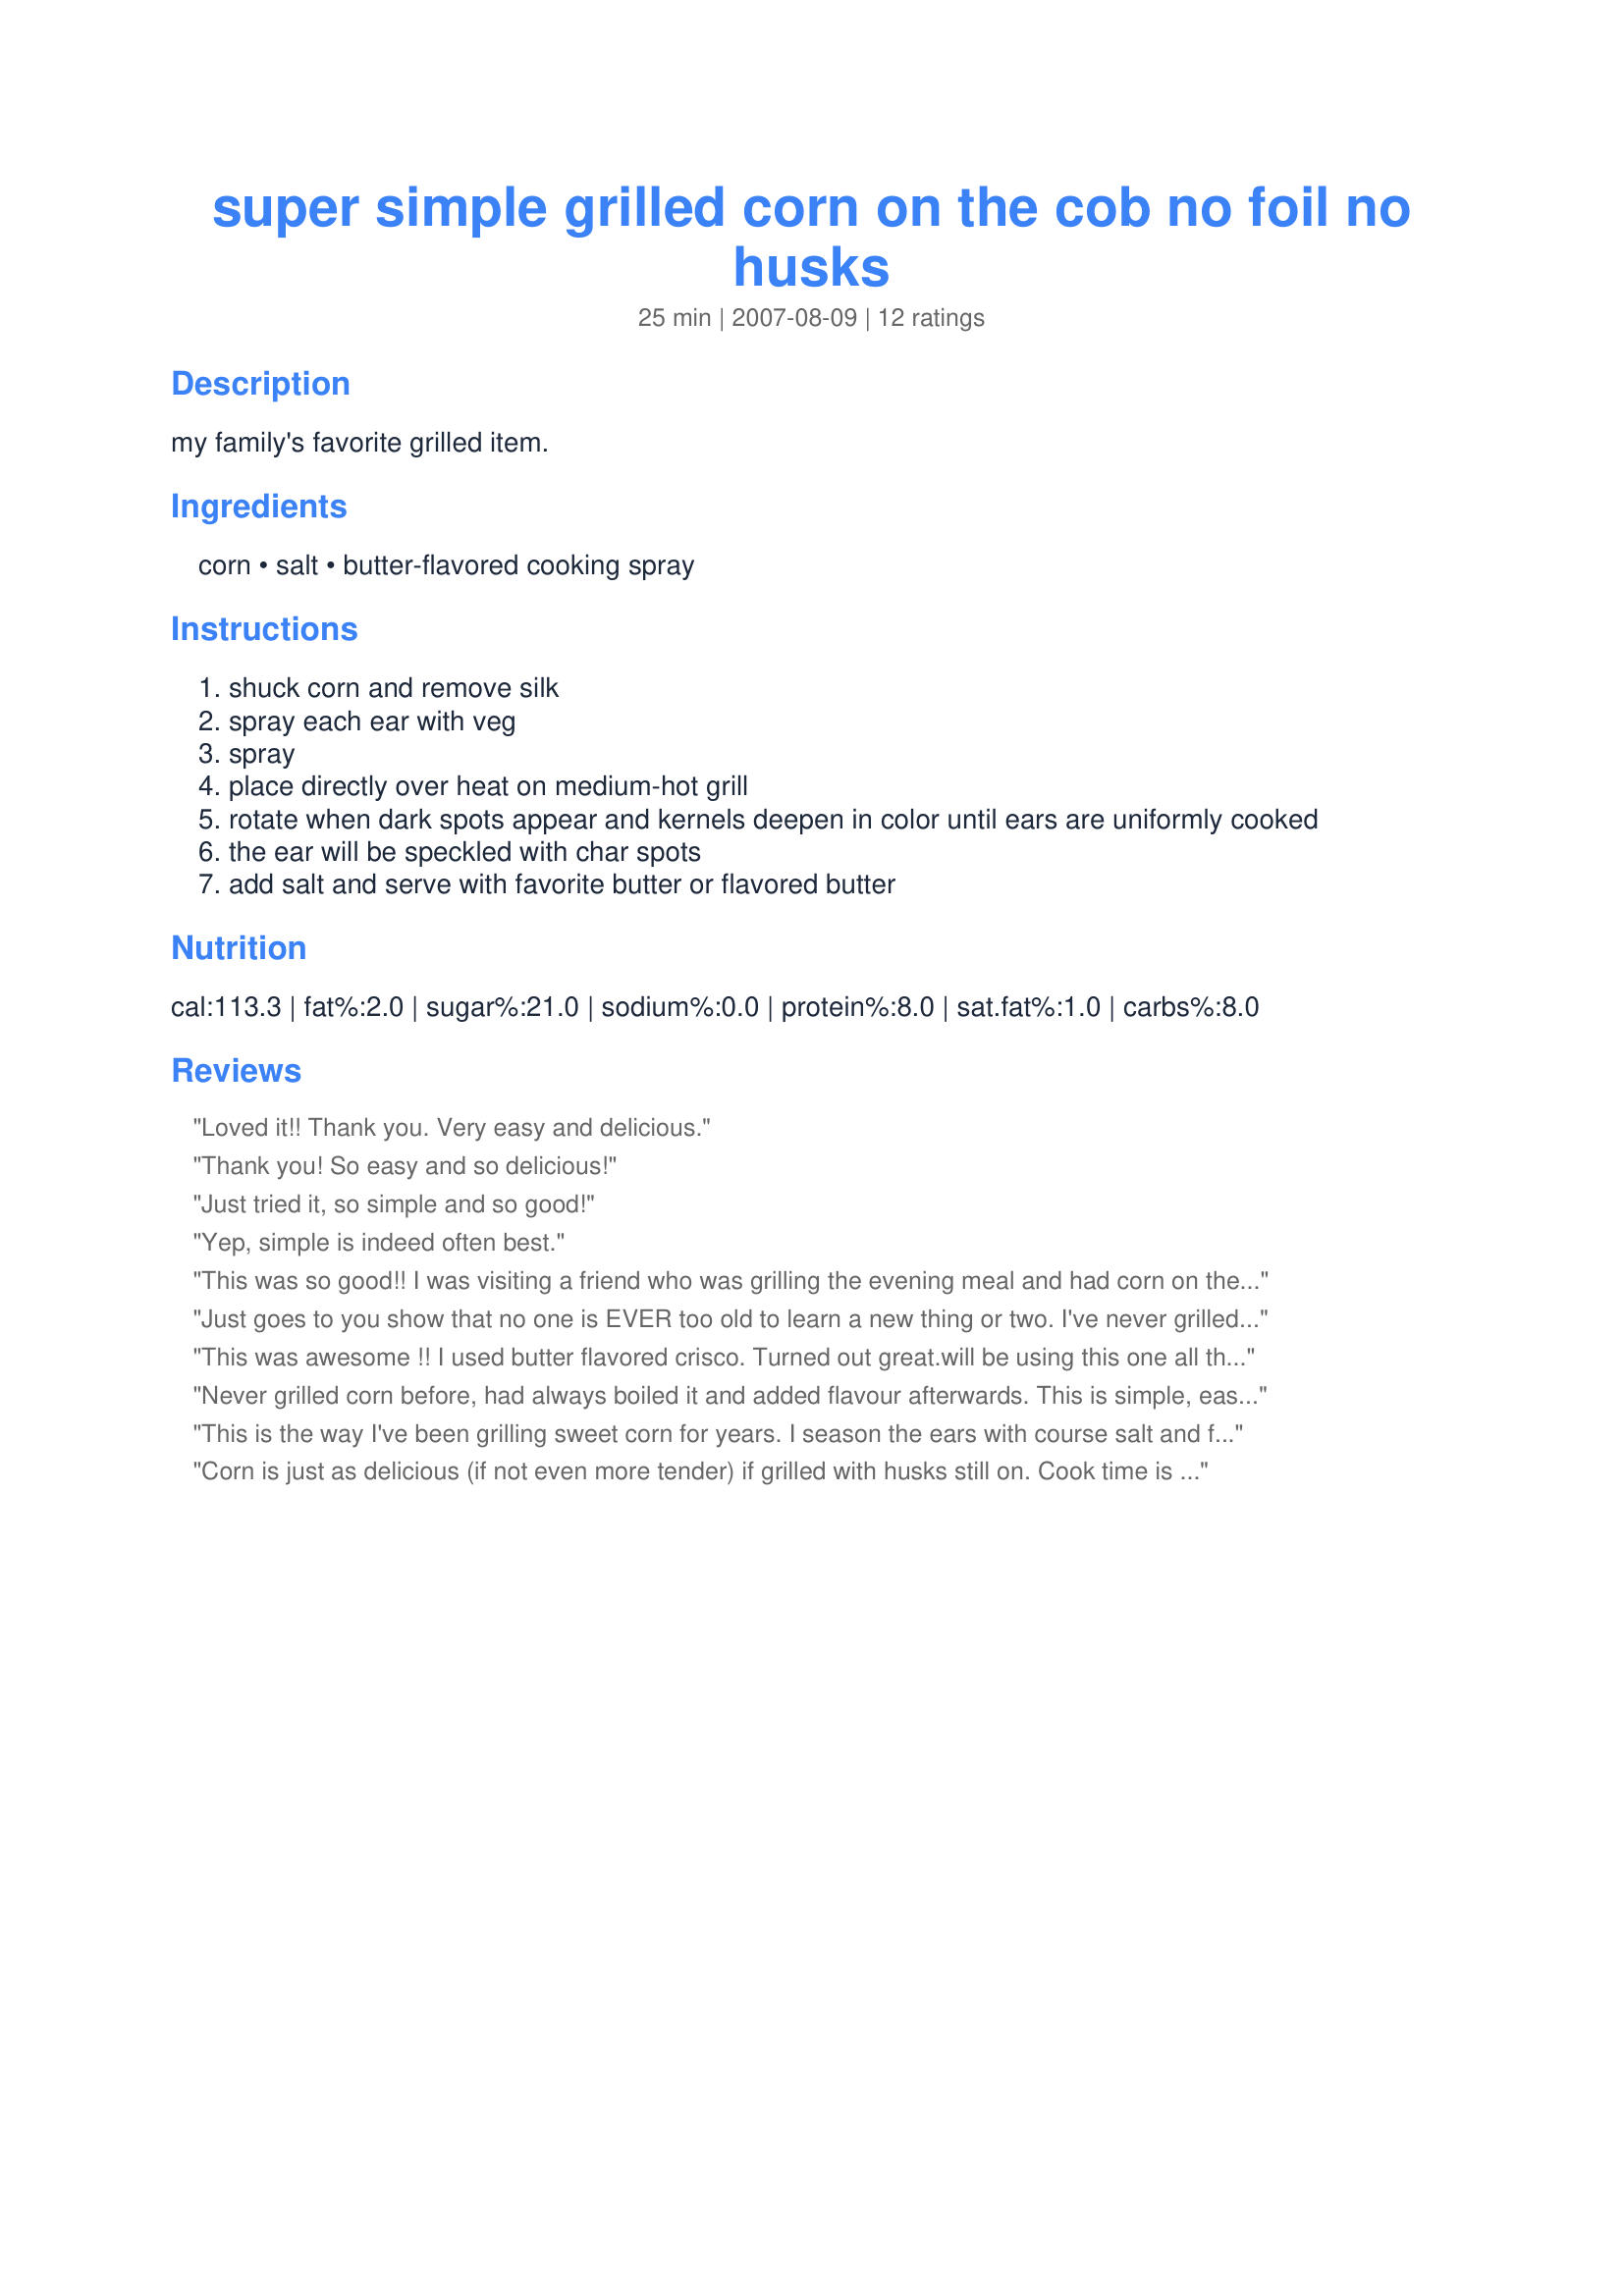
super simple grilled corn on the cob no foil no husks
Preparation time: 25 minutes

my family's favorite grilled item.

Ingredients:
corn, salt, butter-flavored cooking spray

Steps:
shuck corn and remove silk
spray each ear with veg
spray
place directly over heat on medium-hot grill
rotate when dark spots appear and kernels deepen in color until ears are uniformly cooked
the ear will be speckled with char spots
add salt and serve with favorite butter or flavored butter

Reviews:
Loved it!! Thank you. Very easy and delicious.
Thank you! So easy and so delicious!
Just tried it, so simple and so good!
Yep, simple is indeed often best.
This was so good!! I was visiting a friend who was grilling the evening meal and had corn on the cob to be one of the sides. I remembered this recipe and wanted to (and did) throw my shucked corn on the grill while the meat was still cooking. I could have made a meal out of this grilled corn. Best grilled corn I ever had. Thanks Red Apple Guy for posting this recipe
Just goes to you show that no one is EVER too old to learn a new thing or two. I've never grilled corn before as I have always steamed it in my steamer, but I wanted to try grilled corn and did a search on the internet and this recipe caught my eye. I tried it and we LOVED it! Thanks Red Apple Guy for submitting this wonderful recipe.
This was awesome !! I used butter flavored crisco. Turned out great.will be using this one all the time!! Thanks red apple guy
Never grilled corn before, had always boiled it and added flavour afterwards. This is simple, easy, quick, delicious, and how I will make my corn from now on. Thanks for the recipe!
This is the way I've been grilling sweet corn for years. I season the ears with course salt and fresh ground black pepper after spraying with cooking spray and before grilling.
Corn is just as delicious (if not even more tender) if grilled with husks still on. Cook time is 15-20 min on med-hugh heat, marking sure to turn half way through. Enjoy! ??
I happened upon this recipe when I had shucked my corn, planning on wrapping them in foil to grill. Then I discovered that I was out of foil.....and this worked perfectly. I enjoyed the bits of char-grill on my corn. I'll make this easy recipe again. Thanks so much for posting!
Perfect! Simple and tastes great. Love having my corn "carmelized" a little like this.
